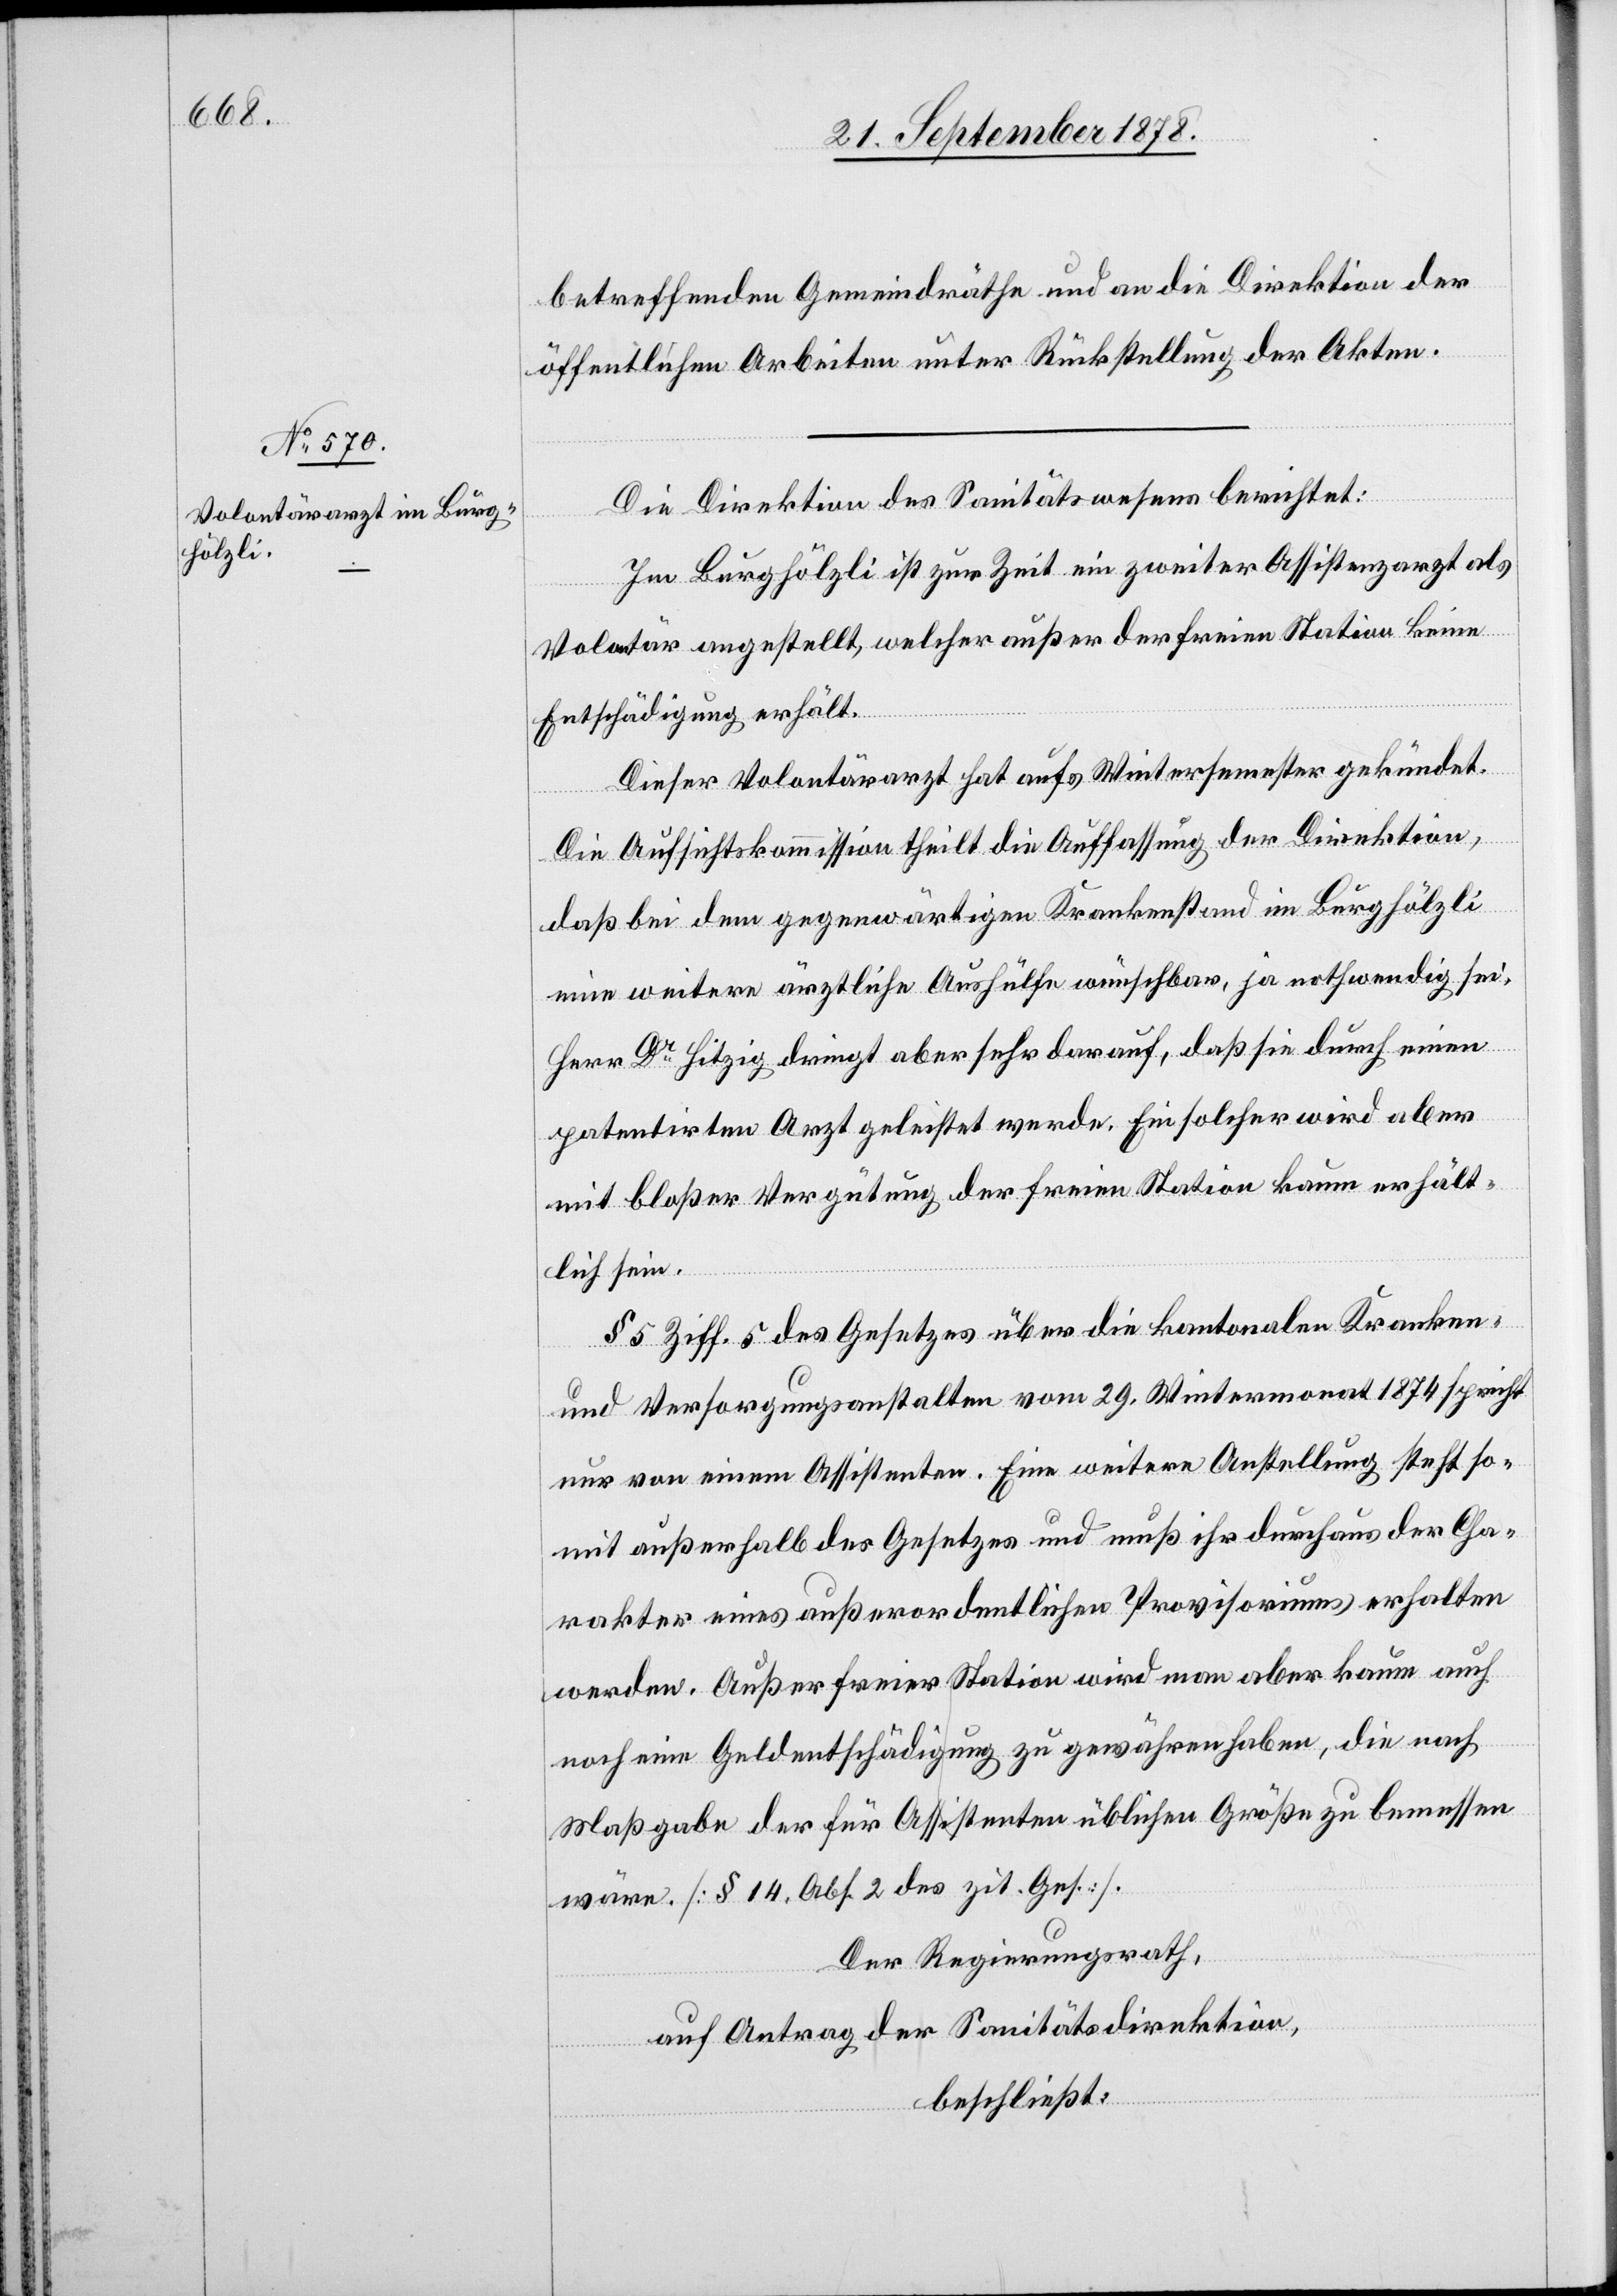
betreffenden Gemeindräthe und an die Direktion der
öffentlichen Arbeiten unter Rückstellung der Akten.
Die Direktion des Sanitätswesens berichtet:
Im Burghölzli ist zur Zeit ein zweiter Assistenzarzt als
Volontär angestellt, welcher außer der freien Station keine
Entschädigung erhält.
Dieser Volontärarzt hat aufs Wintersemester gekündet.
Die Aufsichtskommission theilt die Auffassung der Direktion,
daß bei dem gegenwärtigen Krankenstand im Burghölzli
eine weitere ärztliche Aushülfe wünschbar, ja nothwendig sei.
Herr Dr Hitzig dringt aber sehr darauf, daß sie durch einen
patentirten Arzt geleistet werde. Ein solcher wird aber
mit bloßer Vergütung der freien Station kaum erhält¬
lich sein.
§ 5 Ziff. 5 des Gesetzes über die kantonalen Kranken-
und Versorgungsanstalten vom 29. Wintermonat 1874 spricht
nur von einem Assistenten. Eine weitere Anstellung steht so¬
mit außerhalb des Gesetzes und muß ihr durchaus der Cha¬
rakter eines außerordentlichen Provioriums erhalten
werden. Außer freier Station wird man aber kaum auch
noch eine Geldentschädigung zu gewähren haben, die nach
Maßgabe der für Assistenten üblichen Größe zu bemessen
wäre. [§ 14, Abs. 2 des zit. Ges.].
Der Regierungsrath,
auf Antrag der Sanitätsdirektion,
beschließt: